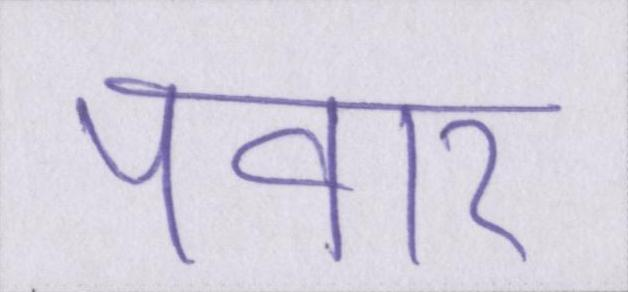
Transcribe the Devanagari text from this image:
पवार